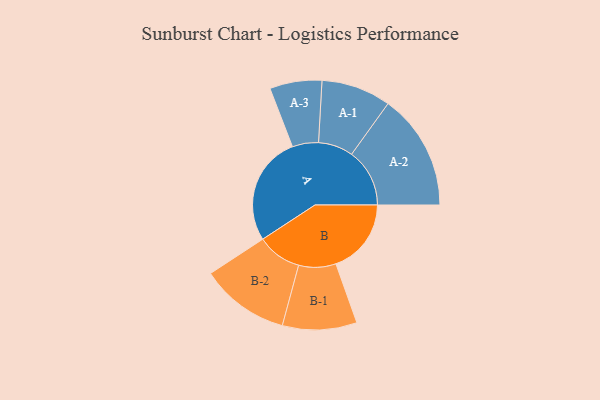
{"axis": {"x": "Segment", "y": "Value"}, "legend": ["", "A", "B"], "data": [{"x": "A", "y": 461, "type": ""}, {"x": "B", "y": 318, "type": ""}, {"x": "A-1", "y": 147, "type": "A"}, {"x": "A-2", "y": 245, "type": "A"}, {"x": "A-3", "y": 110, "type": "A"}, {"x": "B-1", "y": 157, "type": "B"}, {"x": "B-2", "y": 188, "type": "B"}]}